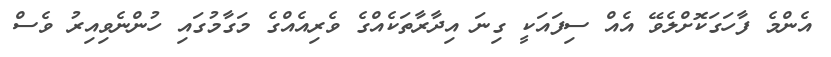
އެންމެ ފާހަގަކޮށްލެވޭ އެއް ސިފައަކީ ގިނަ އިދާރާތަކެއްގެ ވެރިއެއްގެ މަގާމުގައި ހުންނެވިއިރު ވެސް